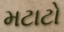
મટાટો